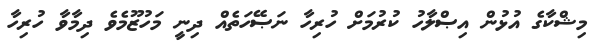
މިޝްކާގެ އުޅުން އިޞްލާހު ކުރުމަށް ހުރިހާ ނަޞޭހަތެއް ދިނީ މަހުޒޫމެވެ ދިމާވާ ހުރިހާ